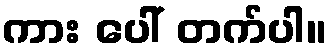
ကား ပေါ် တက်ပါ။